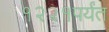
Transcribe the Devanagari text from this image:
१२२१पर्यंत